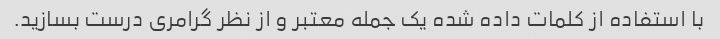
با استفاده از کلمات داده شده یک جمله معتبر و از نظر گرامری درست بسازید.